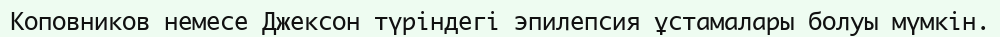
Коповников немесе Джексон түріндегі эпилепсия ұстамалары болуы мүмкін.